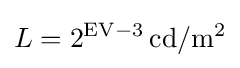
L=2^{\mathrm {EV} -3}\,\mathrm {cd} /\mathrm {m} ^{2}